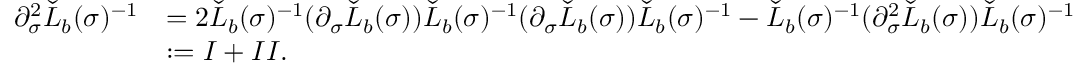
\begin{array} { r l } { \partial _ { \sigma } ^ { 2 } \check { L } _ { b } ( \sigma ) ^ { - 1 } } & { = 2 \check { L } _ { b } ( \sigma ) ^ { - 1 } ( \partial _ { \sigma } \check { L } _ { b } ( \sigma ) ) \check { L } _ { b } ( \sigma ) ^ { - 1 } ( \partial _ { \sigma } \check { L } _ { b } ( \sigma ) ) \check { L } _ { b } ( \sigma ) ^ { - 1 } - \check { L } _ { b } ( \sigma ) ^ { - 1 } ( \partial _ { \sigma } ^ { 2 } \check { L } _ { b } ( \sigma ) ) \check { L } _ { b } ( \sigma ) ^ { - 1 } } \\ & { : = \MakeUppercase { \romannumeral 1 } + \MakeUppercase { \romannumeral 2 } . } \end{array}